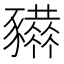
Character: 𧲒